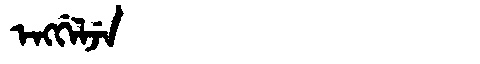
Manchu: ᡝᠩᡤᡝᠯᠵᡝ
Romanization: ENGGELJE